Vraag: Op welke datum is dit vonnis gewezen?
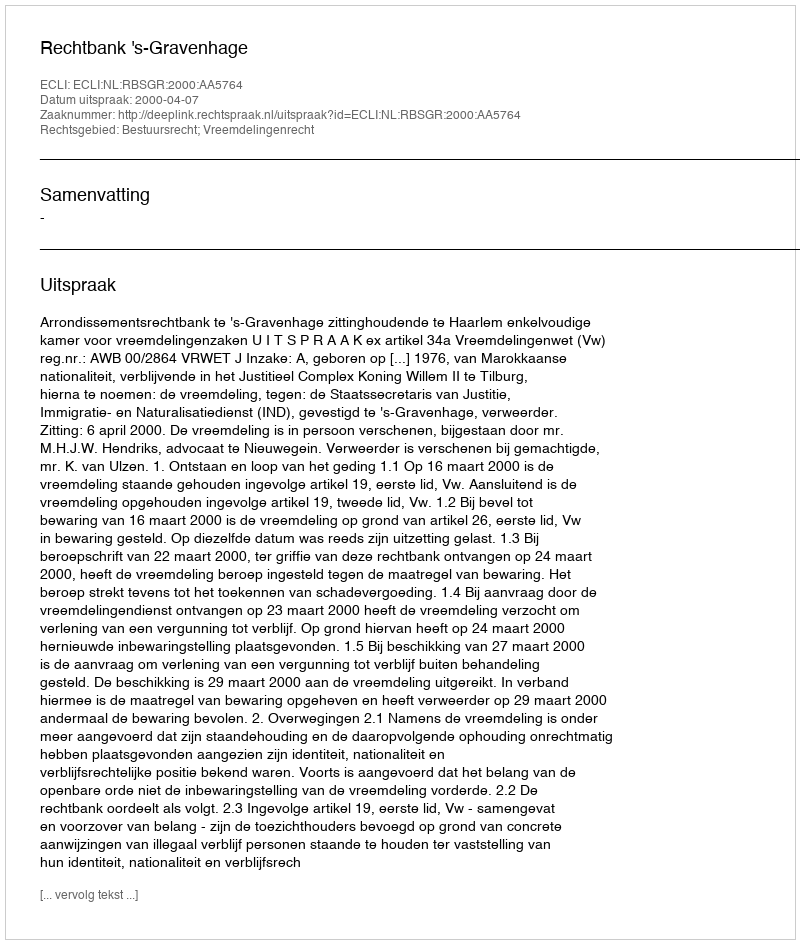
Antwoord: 2000-04-07